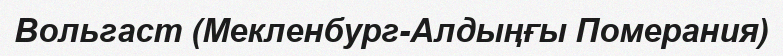
Вольгаст (Мекленбург-Алдыңғы Померания)